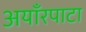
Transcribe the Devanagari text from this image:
अयाँरपाटा